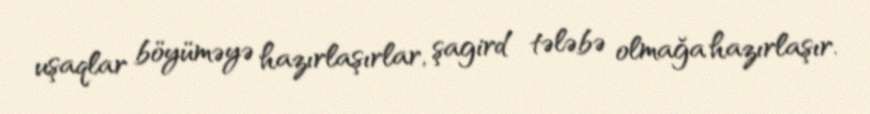
uşaqlar böyüməyə hazırlaşırlar, şagird tələbə olmağa hazırlaşır.